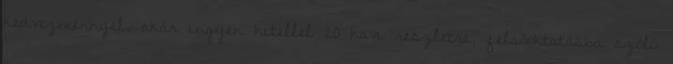
kedvezménnyel, akár ingyen hitellel 20 havi részletre, felsőoktatásba szóló